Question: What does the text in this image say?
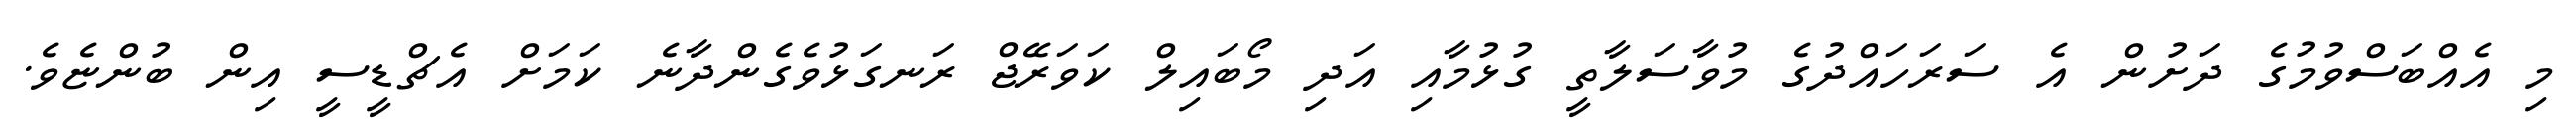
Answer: މި އެއްބަސްވުމުގެ ދަށުން އެ ސަރަހައްދުގެ މުވާސަލާތީ ގުޅުމާއި އަދި މޯބައިލް ކަވަރޭޖް ރަނގަޅުވެގެންދާނެ ކަމަށް އެޗްޑީސީ އިން ބުންޏެވެ.